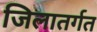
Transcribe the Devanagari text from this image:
जिलातर्गत